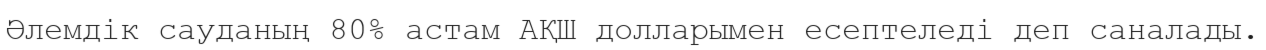
Әлемдік сауданың 80% астам АҚШ долларымен есептеледі деп саналады.